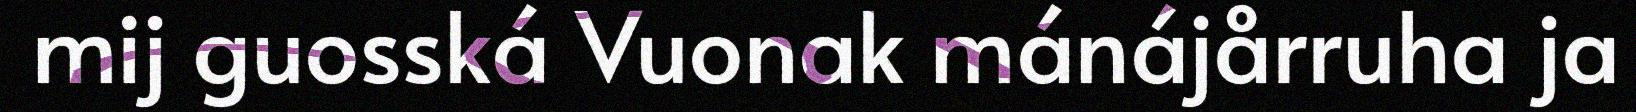
mij guosská Vuonak mánájårruha ja